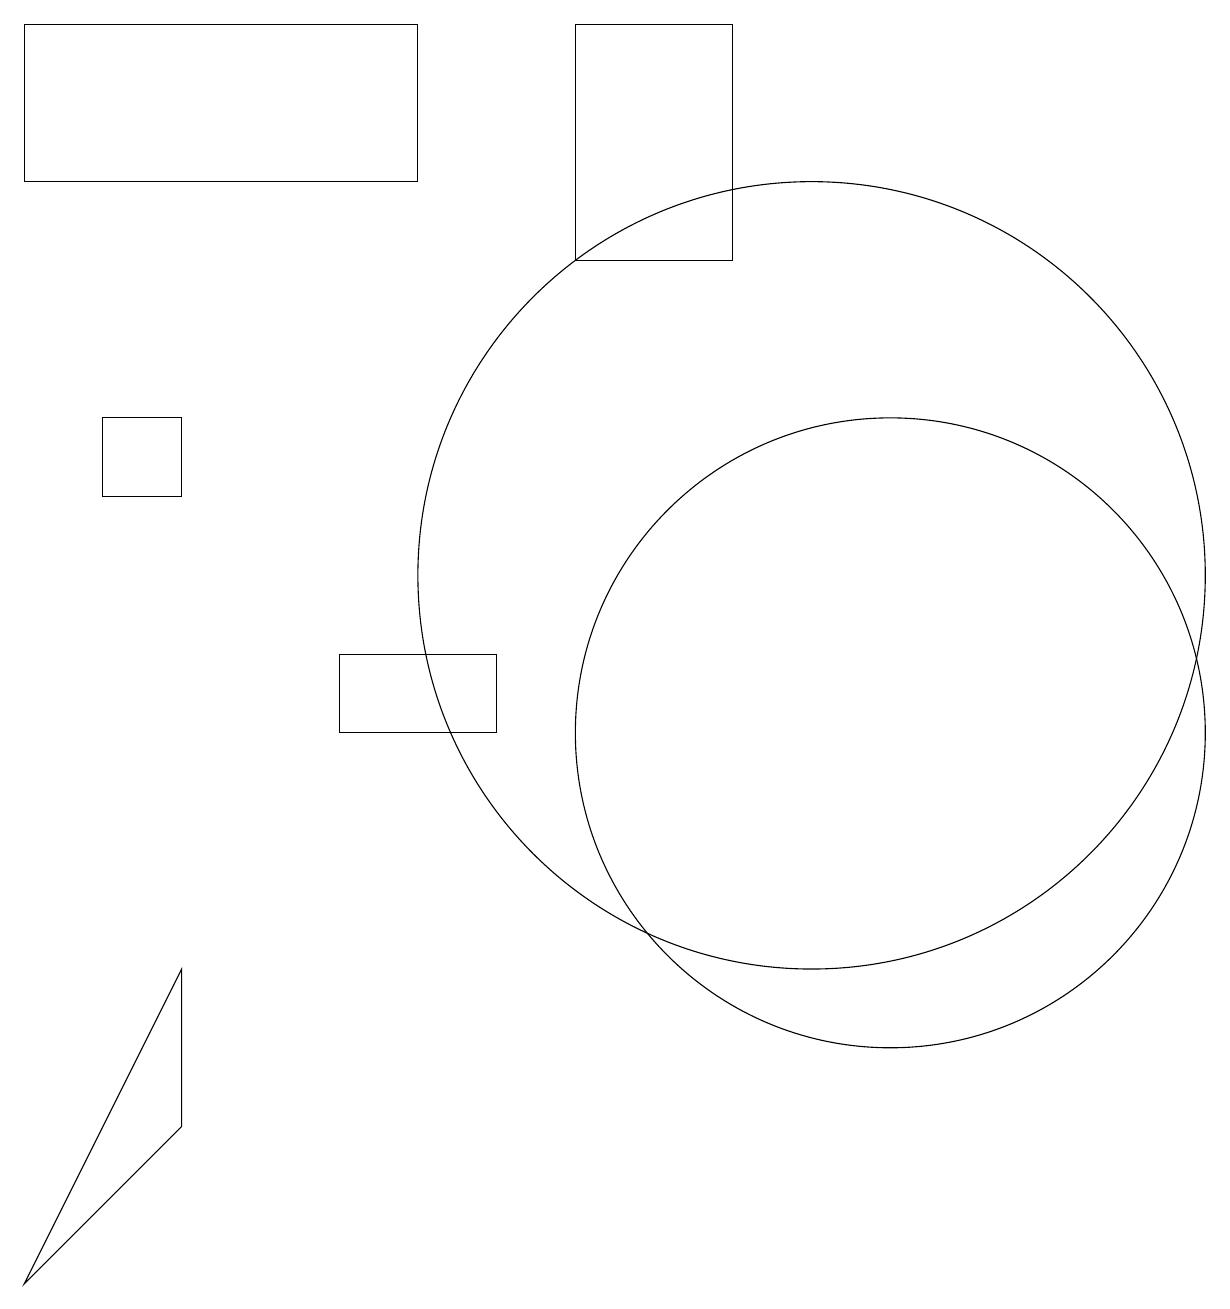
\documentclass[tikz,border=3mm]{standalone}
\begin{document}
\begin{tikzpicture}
\draw (6,11) rectangle (4,10);
\draw (11,10) circle (4);
\draw (1,13) rectangle (2,14);
\draw (5,19) rectangle (0,17);
\draw (7,19) rectangle (9,16);
\draw (10,12) circle (5);
\draw (2,7) -- (2,5) -- (0,3) -- cycle;
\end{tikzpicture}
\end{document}